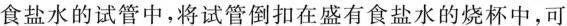
食盐水的试管中，将试管倒扣在盛有食盐水的烧杯中，可